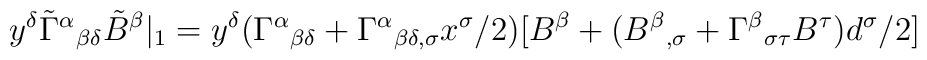
y^\delta \tilde{\Gamma}^\alpha {}_{\beta \delta }\tilde{B}^\beta|_1=y^\delta (\Gamma ^\alpha {}_{\beta \delta }+\Gamma ^\alpha {}_{\beta\delta ,\sigma }x^\sigma /2)[B^\beta +(B^\beta {}_{,\sigma }+\Gamma ^\beta{}_{\sigma \tau }B^\tau )d^\sigma /2]